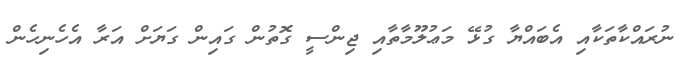
ނުރައްކާތަކާއި އެބައްޔާ ގުޅޭ މަޢުލޫމާތާއި ޖިންސީ ގޮތުން ގައިން ގަޔަށް އަރާ އެހެނިހެން